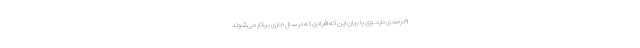
۹درصدی دارد. وی با بیان این که افرادی که در سال جاری بیکار می‌شوند